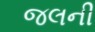
જલની